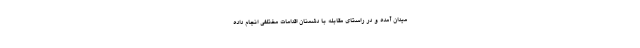
میدان آمده و در راستای مقابله با دشمنان اقدامات مختلفی انجام داده